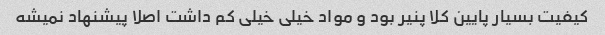
کیفیت بسیار پایین کلا پنیر بود و مواد خیلی خیلی کم داشت اصلا پیشنهاد نمیشه